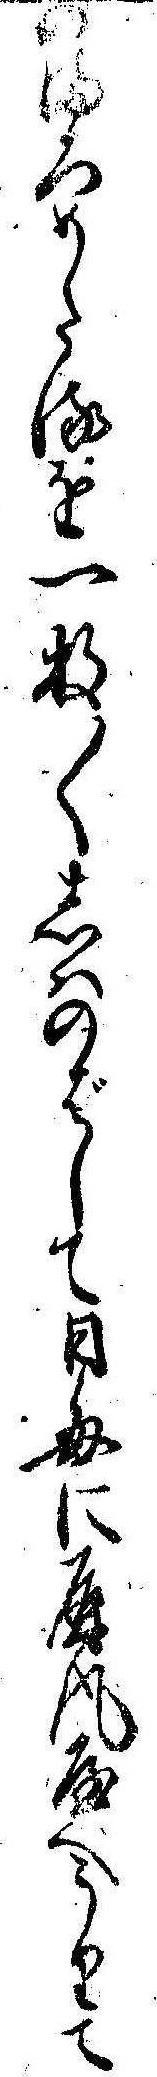
のまろめたるを一枚〱しはのばして日毎に屏風屋へうりて